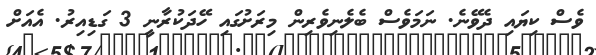
ވެސް ކިޔައި ދެވޭނެ. ނަމަވެސް ބެލެނިވެރިން މިރަށުގައި ހޭދަކުރާނީ 3 ގަޑިއިރު. އެއަށް